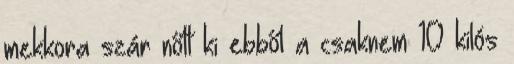
mekkora szár nőtt ki ebből a csaknem 10 kilós